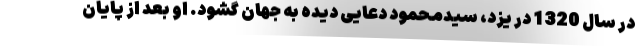
در سال 1320 در یزد، سیدمحمود دعایی دیده به جهان گشود. او بعد از پایان